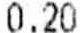
0.20